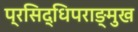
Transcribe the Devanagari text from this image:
प्रसिद्धिपराङ्मुख